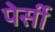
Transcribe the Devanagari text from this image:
पेर्सी